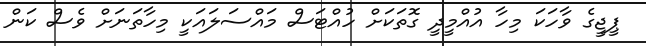
ޕީޖީގެ ވާހަކަ މިހާ އުއްމީދީ ގޮތަކަށް ހުއްޓަސް މައްސަލައަކީ މިހާތަނަށް ވެސް ކަން